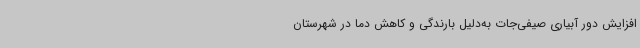
افزایش دور آبیاری صیفی‌جات به‌دلیل بارندگی و کاهش دما در شهرستان